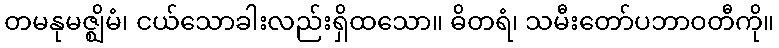
တမနုမဇ္ဈိမံ၊ ငယ်သောခါးလည်းရှိထသော။ ဓိတရံ၊ သမီးတော်ပဘာဝတီကို။